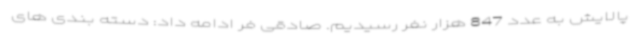
پالایش به عدد 847 هزار نفر رسیدیم. صادقی فر ادامه داد: دسته بندی های